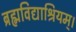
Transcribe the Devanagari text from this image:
ब्रह्मविद्याश्रियम्।